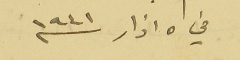
في ٥ اذار سنه ١٩٤١